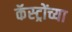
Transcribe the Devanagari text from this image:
कॅस्ट्रोंच्या